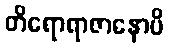
တိရောရာဇာနောပိ